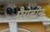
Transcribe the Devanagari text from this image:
मैग्नेट्रोन